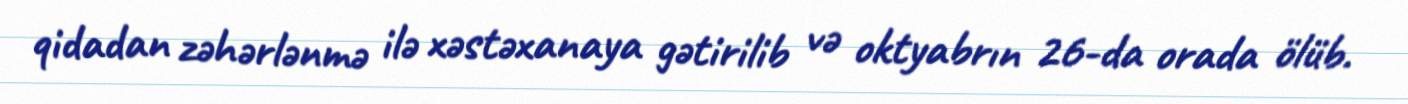
qidadan zəhərlənmə ilə xəstəxanaya gətirilib və oktyabrın 26-da orada ölüb.